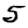
Digit: 5